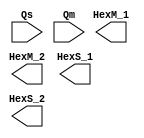
/****************************************************************/
/* This is 7-segment display enccoder to tranfer the minutes    */
/* and second signal to four bit 7-segment display signals.     */
/****************************************************************/

module SevenSegEncoder (
	input [5:0] Qs, 			//The number of seconds remains for display
	input [1:0] Qm,			//The number of minutes remains for display
	
	output [6:0] HexM_1,		//7-segment display sginal for higer-bit of mintue
	output [6:0] HexM_2,		//7-segment display sginal for lower-bit of mintue
	output [6:0] HexS_1,		//7-segment display sginal for higer-bit of second
	output [6:0] HexS_2		//7-segment display sginal for lower-bit of second

);



endmodule